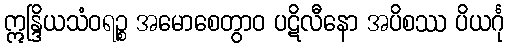
ဣန္ဒြိယသံဝရဉ္စ အမောစေတွာဝ ပဋိလီနော အပိစဿ ပိယင်္ဂု